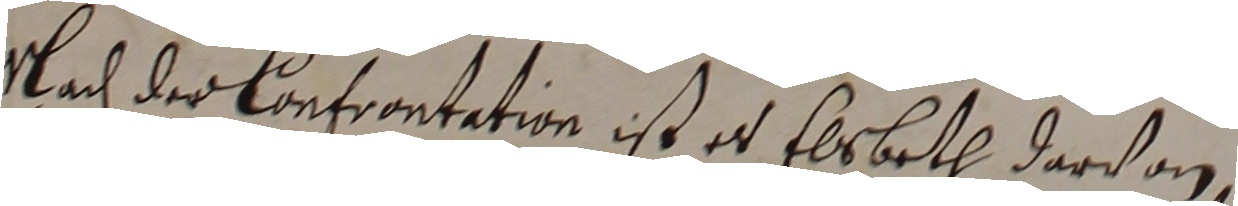
Nach der Confrontation ist es Elrbeth darvon